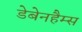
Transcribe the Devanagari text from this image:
डेबेनहैम्स